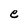
Character: e